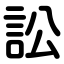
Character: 訟